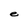
Character: e